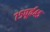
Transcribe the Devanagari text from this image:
७५पूर्व४५